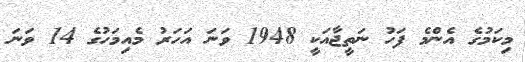
މިކަމުގެ އެންމެ ފަހު ނަތީޖާއަކީ 1948 ވަނަ އަހަރު މެއިމަހުގެ 14 ވަނަ